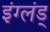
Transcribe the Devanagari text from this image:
इंग्लंड्